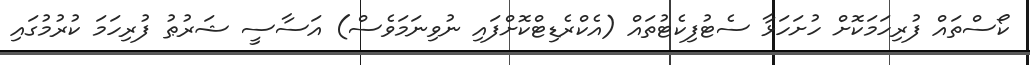
ކޯސްތައް ފުރިހަމަކޮށް ހުށަހަޅާ ސެޓުފިކެޓުތައް (އެކްރެޑިޓްކޮށްފައި ނުވިނަމަވެސް) އަސާސީ ޝަރުޠު ފުރިހަމަ ކުރުމުގައި